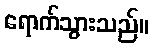
ရောက်သွားသည်။